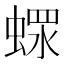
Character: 𧎖